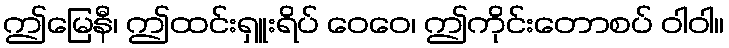
ဤမြေနီ၊ ဤထင်းရှူးရိပ် ဝေဝေ၊ ဤကိုင်းတောစပ် ဝါဝါ။